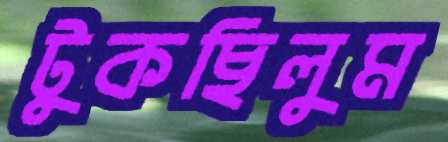
টুকছিলুম